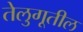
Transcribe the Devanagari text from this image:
तेलुगूतील